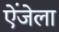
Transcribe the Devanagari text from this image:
ऐंजेला